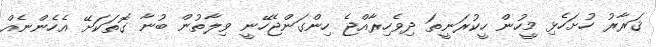
ޤަރާރު ހުށަހެޅި މީހުން ހީކުރަނީތަ ދިވެހިރާއްޖެ ހިންގަންޖެހޭނީ ވިލާތުން ބުނާ ގޮތަކަށޭ އެހެންނެއް